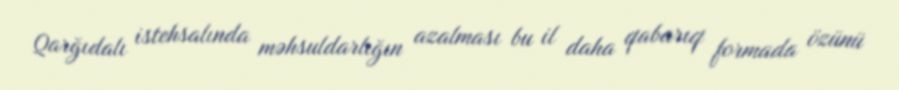
Qarğıdalı istehsalında məhsuldarlığın azalması bu il daha qabarıq formada özünü